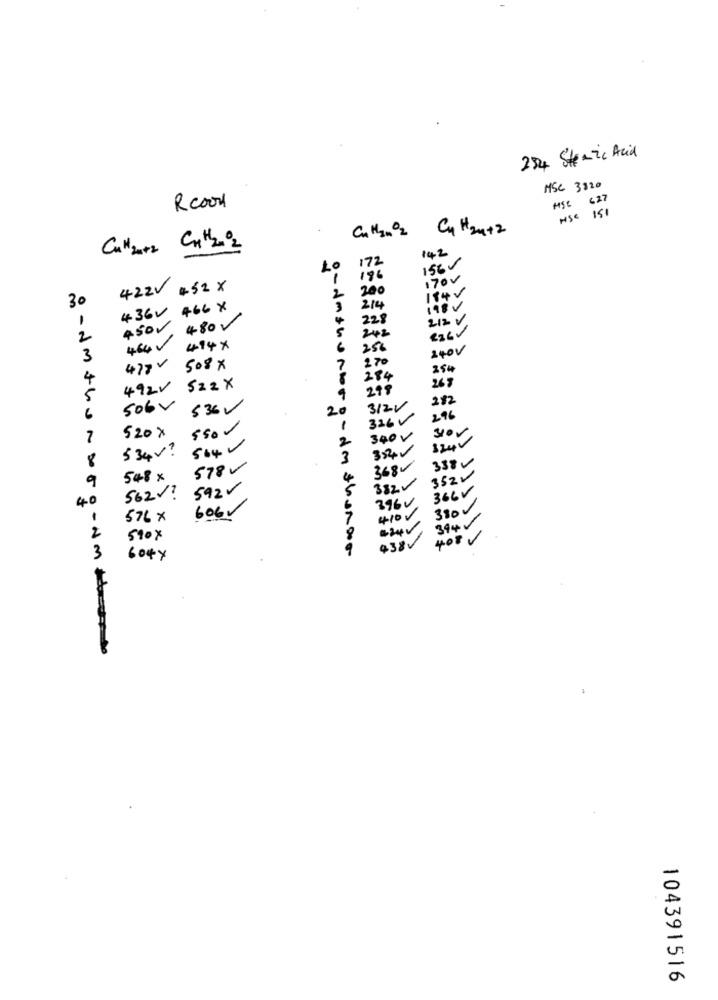
254 Stearic Acid
MSC 3820
HSC 6 27
Rcood
HSE 151
Ch H/2.02 C4 H24+2
Can 2+2 CH H202
142
172
196
170v
422V 452 X
200
114V
30
436V 466 X
214
198V
1
450
480
228
212 V
242
2
494 x
6
250
240V
3
270
477 -
508 X
7
35#
4
284
492V 522X
299
26 7
5
282
6
506V
536
20
3122
1
326v
296
520 x
550
sor
7
2
340 v
324V
534v ?
564-
354
8
3
3380
578-
3684
3520
9
548 x
382
592-
366v
40
562V?
396v
416 V
380
576 x
606
7
394
2
590x
438V
408
3
604y
104391516